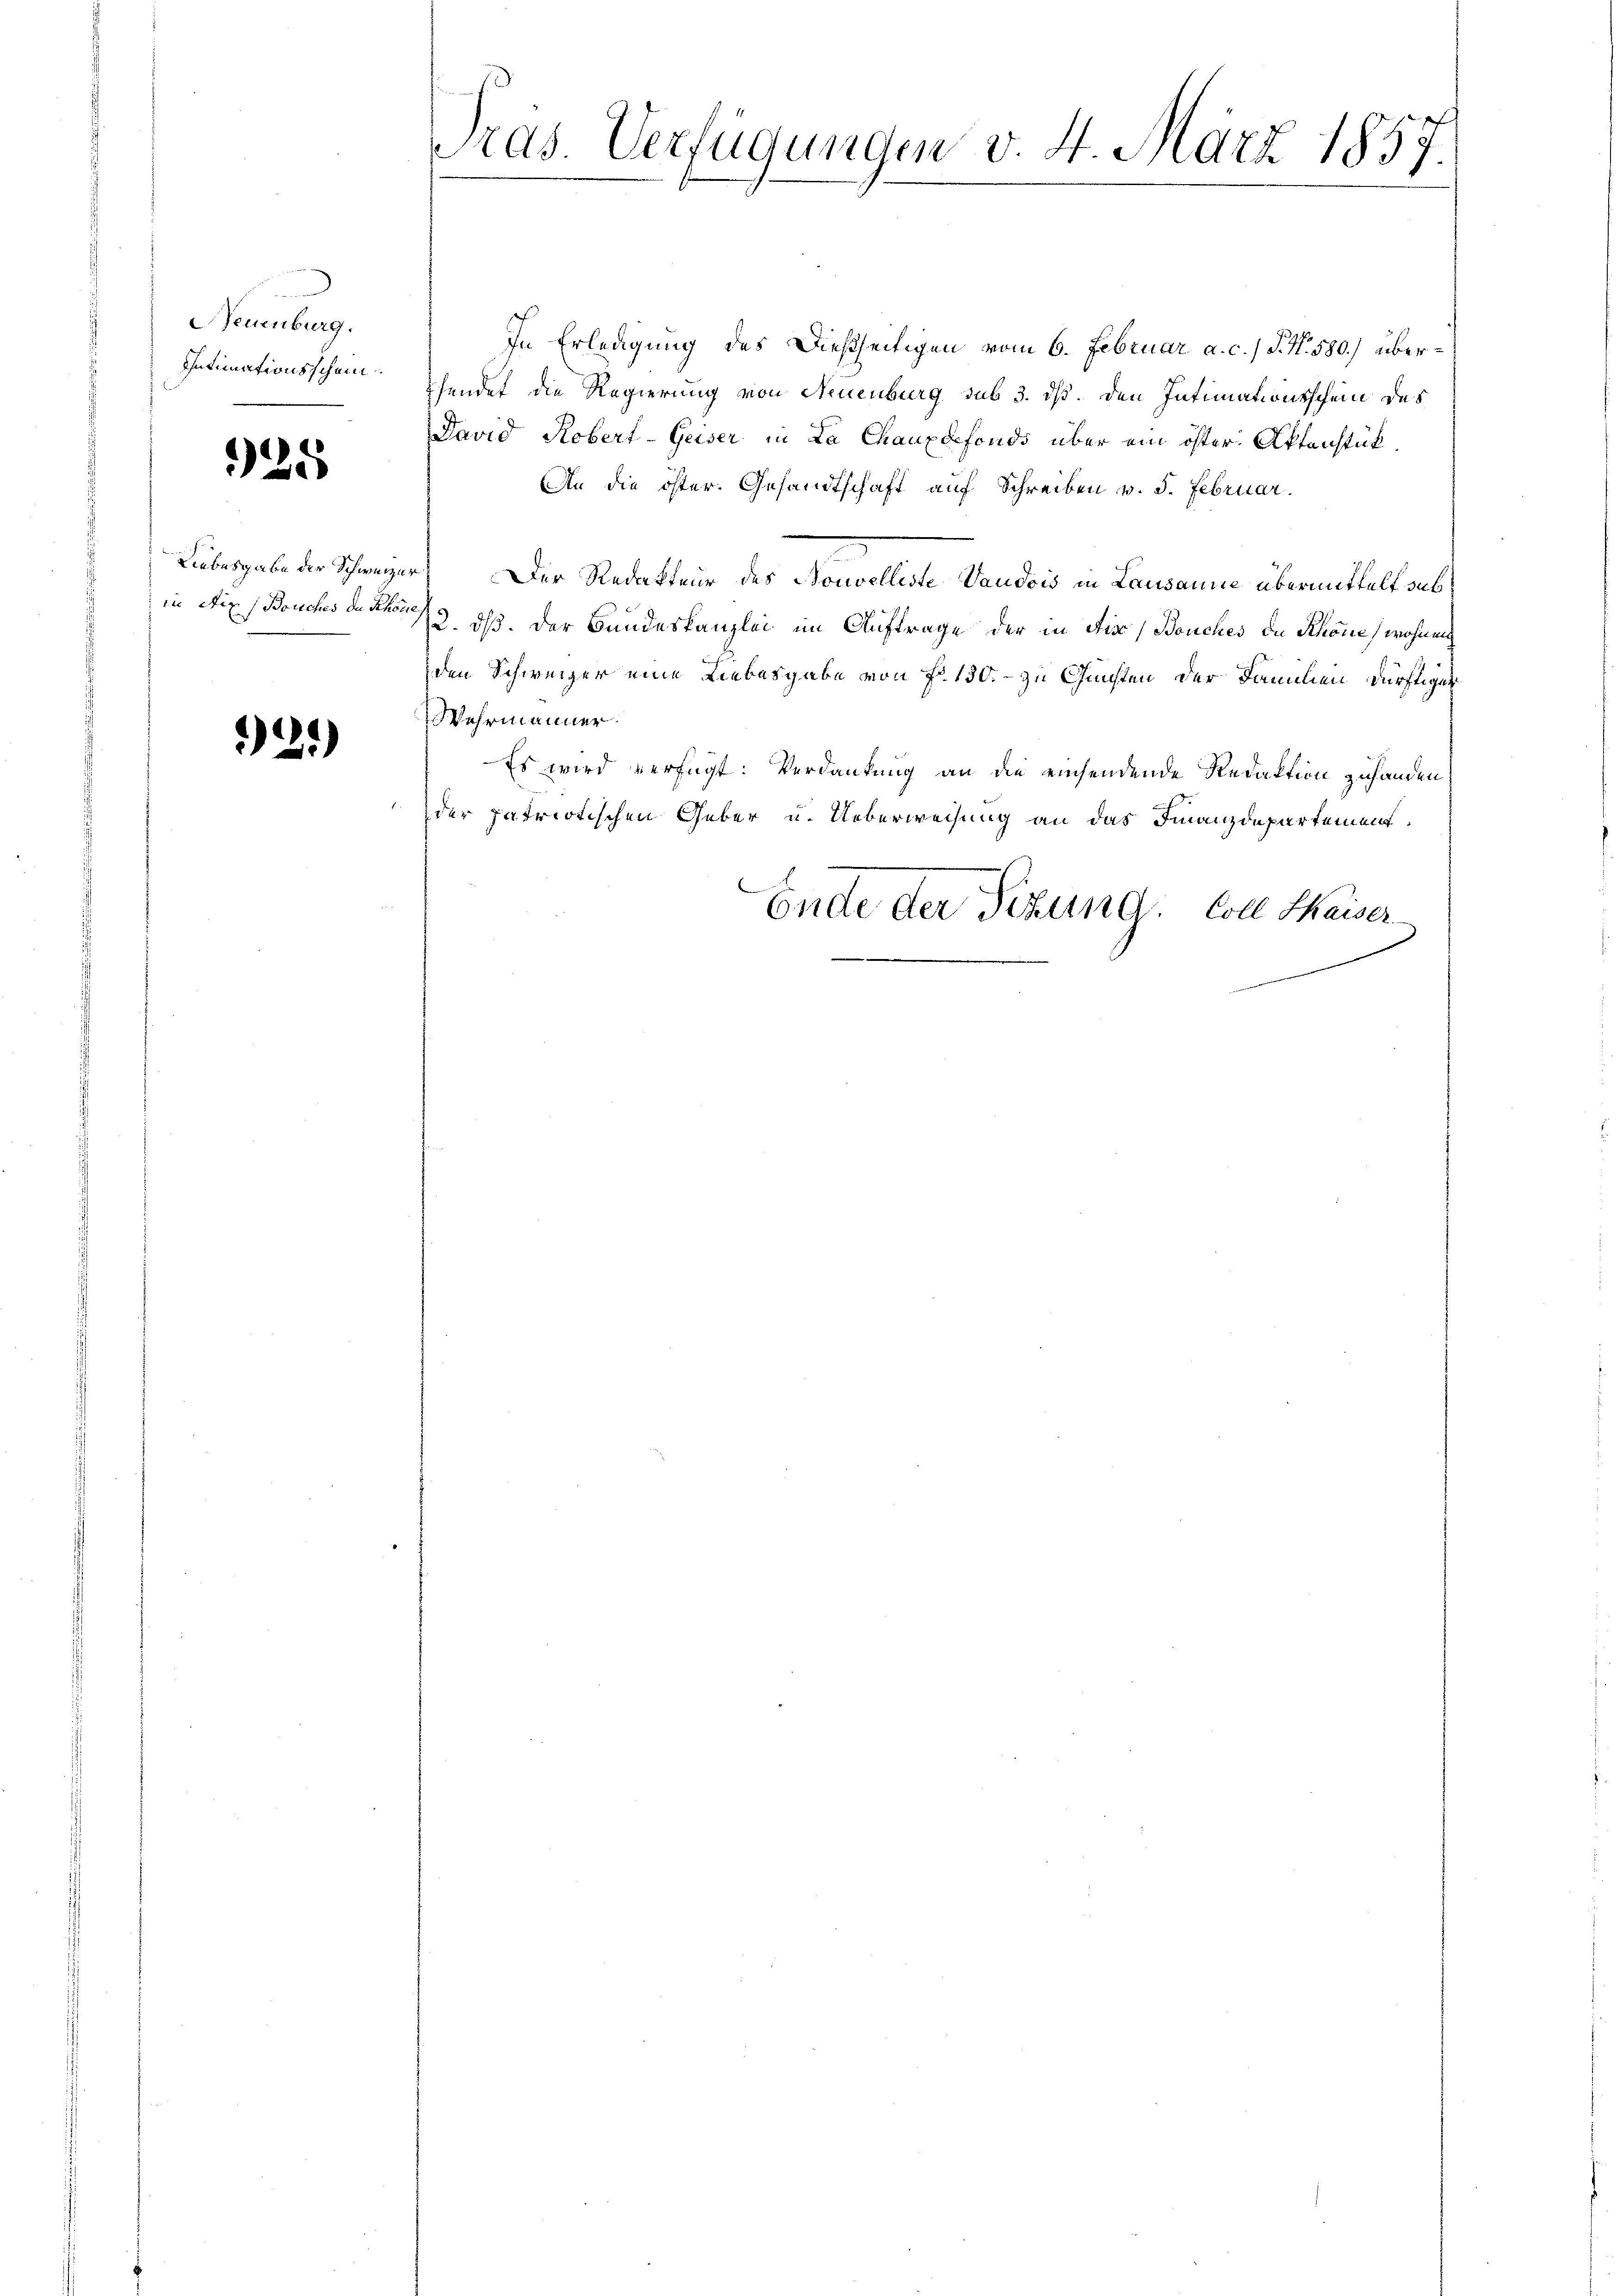
euenburg.
Intimationsschein

325

in Aix Bouches der Schöne,

21)

Pras. Verfügungen v. 4. März 185
.
e

In Erledigung des Dießseitigen vom 6. Februar a. c.) S. Nr. 580.) übershendet die Regierung von Neuenburg sub 3. dß. Den Intimationsschein des
David Robert-Geiser in La Chauxdefonds über ein öster Aktenstük¬
An die öster. Gesandtschaft auf Schreiben v. 5. Februar.
Liebesgabe der Schweizer. Der Redakteur des Nouvelliste Vaudois in Lausanne übermittelt sub¬
22. ds. Der Bundeskanzlei im Auftrage der in Fisca Bouches de Schöne, wohnen
den Schweizer eine Liebesgabe von Fr. 130. - zu Gunsten der Familien dürftiger
Wehrmanner.
Es wird verfügt: Verdankung an die einsendende Redaktion zuhanden
der patriotischen Geber u. Ueberweisung an das Finanzdepartement.
Ende der Sitzung. Coll Shaiser
x